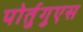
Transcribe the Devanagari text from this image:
पोर्तुगुएस